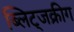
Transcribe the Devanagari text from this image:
ब्लिट्जक्रीग